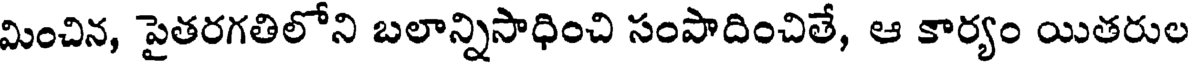
మించిన, పైతరగతిలోని బలాన్నిసాధించి సంపాదించితే, ఆ కార్యం యితరుల